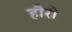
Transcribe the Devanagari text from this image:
हौरी